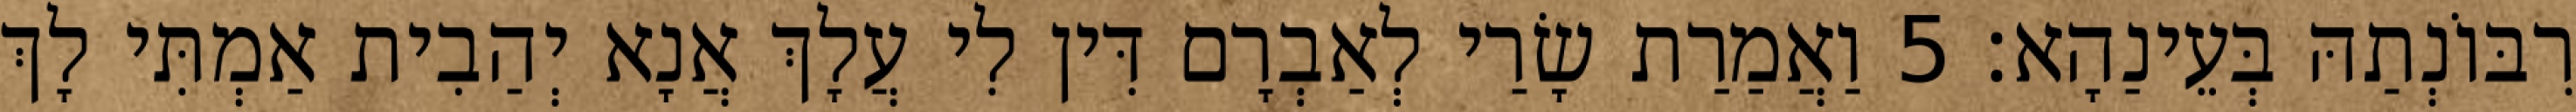
רִבּוֹנְתַהּ בְּעֵינַהָא׃ 5 וַאֲמַרַת שָׂרַי לְאַבְרָם דִּין לִי עֲלָךְ אֲנָא יְהַבִית אַמְתִּי לָךְ